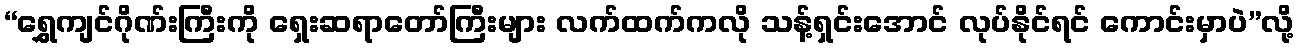
“ရွှေကျင်ဂိုဏ်းကြီးကို ရှေးဆရာတော်ကြီးများ လက်ထက်ကလို သန့်ရှင်းအောင် လုပ်နိုင်ရင် ကောင်းမှာပဲ”လို့